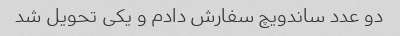
دو عدد ساندویچ سفارش دادم و یکی تحویل شد